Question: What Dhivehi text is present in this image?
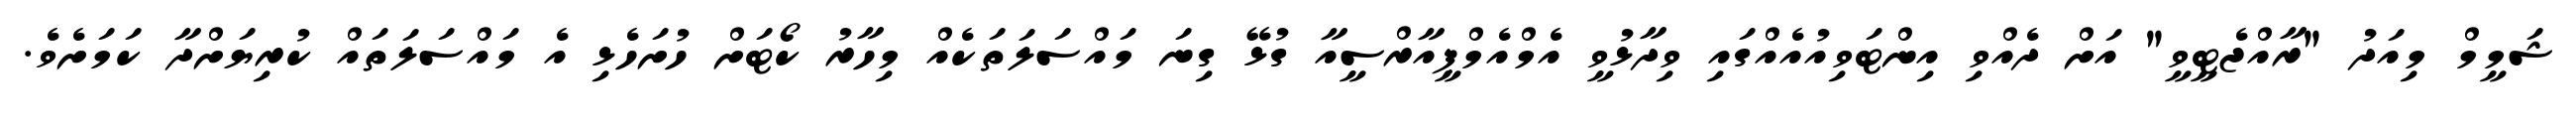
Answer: ޝަމީމް މިއަދު "ރާއްޖެޓީވީ" އަށް ދެއްވި އިންޓަވިއުއެއްގައި ވިދާޅުވީ އެމްއެމްޕީއާރްސީއާ ގުޅޭ ގިނަ މައްސަލަތަކެއް މިހާރު ކޯޓަށް ހުށަހެޅި އެ މައްސަލަތައް ކުރިޔަށްދާ ކަމަށެވެ.